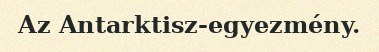
Az Antarktisz-egyezmény.